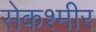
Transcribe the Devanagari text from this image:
सेकश्मीर